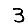
Digit: 3